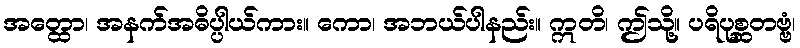
အတ္ထော၊ အနက်အဓိပ္ပါယ်ကား။ ကော၊ အဘယ်ပါနည်း။ ဣတိ၊ ဤသို့။ ပရိပုစ္ဆတဗ္ဗံ၊